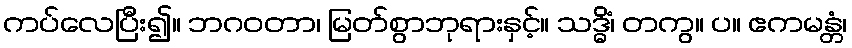
ကပ်လေပြီး၍။ ဘဂဝတာ၊ မြတ်စွာဘုရားနှင့်။ သဒ္ဓိံ၊ တကွ။ ပ။ ဧကမန္တံ၊